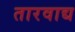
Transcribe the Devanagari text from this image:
तारवाद्य